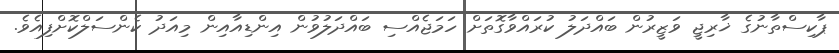
ޕާކިސްތާނުގެ ޚާރިޖީ ވަޒީރުން ބައްދަލު ކުރައްވާގޮތަށް ހަމަޖެއްސި ބައްދަލުވުން އިންޑިއާއިން މިއަދު ކެންސަލްކޮށްފިއެވެ.